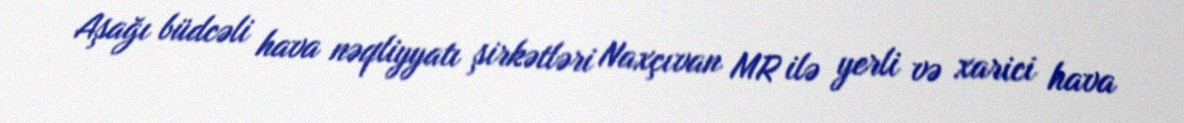
Aşağı büdcəli hava nəqliyyatı şirkətləri Naxçıvan MR ilə yerli və xarici hava